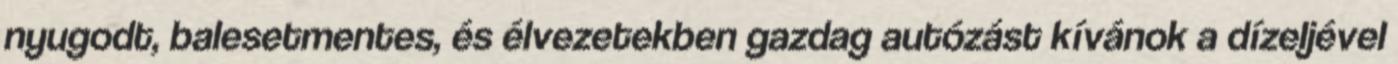
nyugodt, balesetmentes, és élvezetekben gazdag autózást kívánok a dízeljével